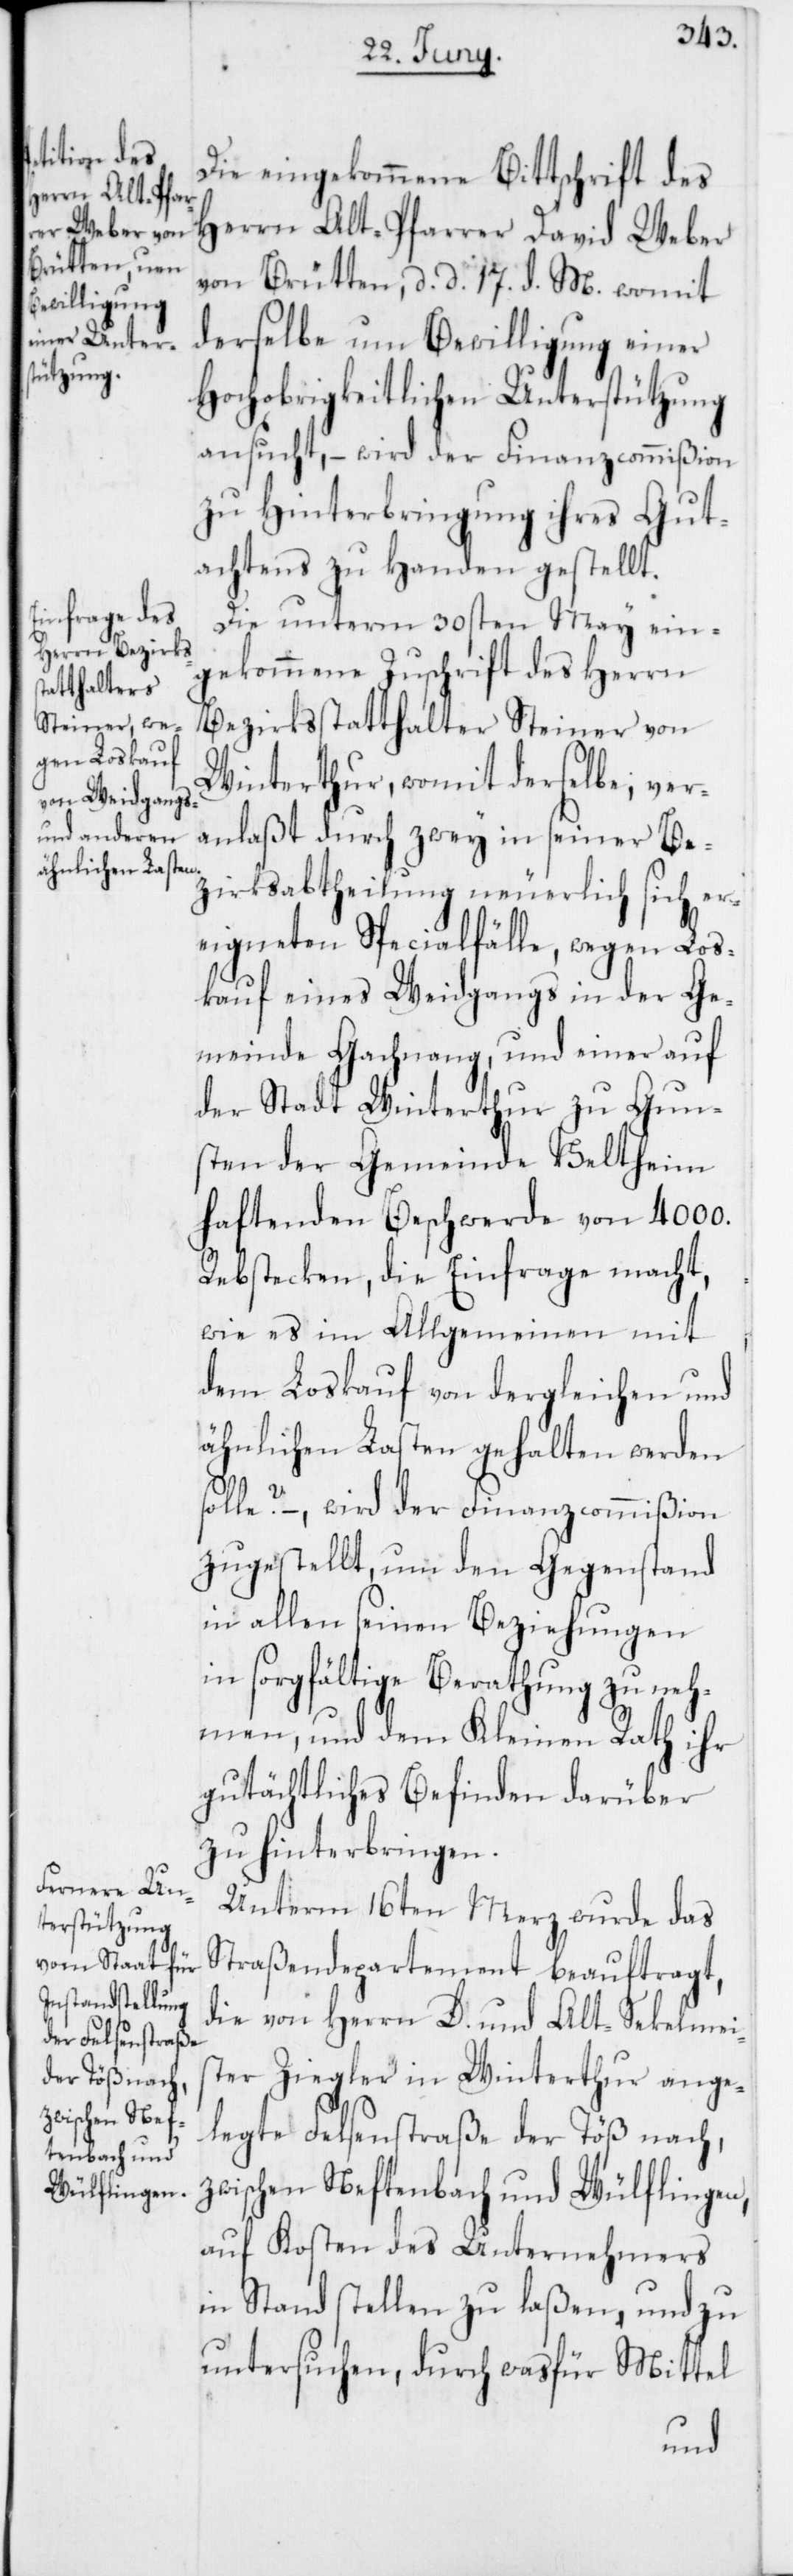
Die eingekommene Bittschrift des
Herrn Alt-Pfarrer David Weber
von Brütten, d. d. 17. d. M., womit
derselbe um Bewilligung einer
Hochobrigkeitlichen Unterstützung
ansucht, – wird der Finanzcommißion
zu Hinterbringung ihres Gut¬
achtens zu Handen gestellt.
Die unterm 30sten May ein¬
gekommene Zuschrift des Herrn
Bezirksstatthalter Steiner von
Winterthur, womit derselbe, ver¬
anlaßt durch zwey in seiner Be¬
zirksabtheilung neuerlich sich er¬
eigneten Specialfälle, wegen Los¬
kauf eines Weidgangs in der Ge¬
meinde Gachnang, und einer auf
der Stadt Winterthur zu Gun¬
sten der Gemeinde Veltheim
haftenden Beschwerde von 4000.
Rebstecken, die Einfrage macht,
wie es im Allgemeinen mit
dem Loskauf von dergleichen und
ähnlichen Lasten gehalten werden
solle? –, wird der Finanzcommißion
zugestellt, um den Gegenstand
in allen seinen Beziehungen
in sorgfältige Berathung zu neh¬
men, und dem Kleinen Rath ihr
gutächtliches Befinden darüber
zu hinterbringen.
Unterm 16ten Merz wurde das
Straßendepartement beauftragt,
die von Herrn D. und Alt-Sekelmei¬
ster Ziegler in Winterthur ange¬
legte Felsenstraße der Töß nach,
zwischen Neftenbach und Wülflingen,
auf Kosten des Unternehmers
in Stand stellen zu laßen, und zu
untersuchen, durch was für Mittel